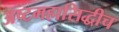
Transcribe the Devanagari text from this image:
अष्टमहासिद्धीच